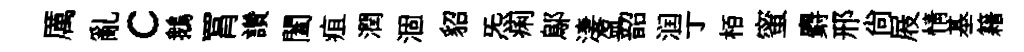
厲亂c鵝罥讚闔疽潤涸貂炁痢鄔淒盈韶润亍栢蜜麝邢尙屐情基籍